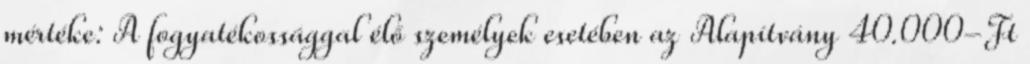
mértéke: A fogyatékossággal élő személyek esetében az Alapítvány 40.000-Ft